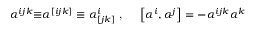
\alpha ^ { i j k } { \bf \equiv } \alpha ^ { [ i j k ] } \equiv \alpha _ { [ j k ] } ^ { i } \textrm { , \quad } \left[ \alpha ^ { i } , \alpha ^ { j } \right] = - \alpha ^ { i j k } \alpha ^ { k }